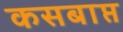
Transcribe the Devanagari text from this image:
कसबाप्त